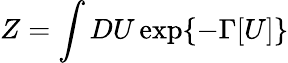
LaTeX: Z=\int DU\exp\{ -\Gamma[U]\}